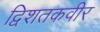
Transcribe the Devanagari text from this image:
द्विशतकवीर